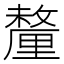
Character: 釐